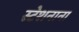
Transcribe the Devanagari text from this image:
स्टेशनाना